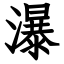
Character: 瀑